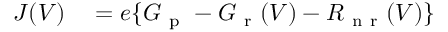
\begin{array} { r l } { J ( V ) } & { { } = e \{ G _ { \mathrm { ~ p ~ } } - G _ { \mathrm { ~ r ~ } } ( V ) - R _ { \mathrm { ~ n ~ r ~ } } ( V ) \} } \end{array}